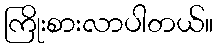
ကြိုးစားလာပါတယ်။